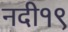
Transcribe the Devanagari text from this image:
नदी१९